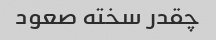
چقدر سخته صعود